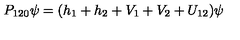
P _ { 1 2 0 } \psi = ( h _ { 1 } + h _ { 2 } + V _ { 1 } + V _ { 2 } + U _ { 1 2 } ) \psi